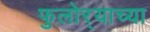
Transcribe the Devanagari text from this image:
फुलोर्‍याच्या